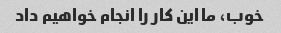
خوب، ما این کار را انجام خواهیم داد